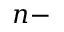
n -